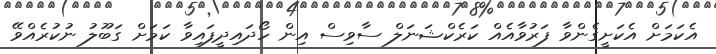
އެކަމަށް އެކަށީގެންވާ ފަރުވާއެއް ކަރެކްޝަނަލް ސާވިސް އިން ހޯދައިދީފައިވާ ކަމަށް ގަބޫލު ނުކުރެއްވޭ